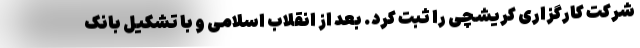
شرکت کارگزاری کریشچی را ثبت کرد. بعد از انقلاب اسلامی و با تشکیل بانک